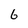
Character: 6